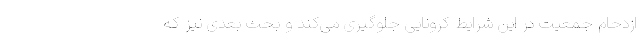
ازدحام جمعیت در این شرایط کرونایی جلوگیری می‌کند و بحث بعدی نیز که